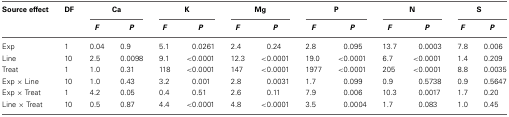
<table><thead><tr><td><b>Source effect</b></td><td><b>DF</b></td><td colspan="2"><b>Ca</b></td><td colspan="2"><b>K</b></td><td colspan="2"><b>Mg</b></td><td colspan="2"><b>P</b></td><td colspan="2"><b>N</b></td><td colspan="2"><b>S</b></td></tr><tr><td></td><td></td><td><b><i>F</i></b></td><td><b><i>P</i></b></td><td><b><i>F</i></b></td><td><b><i>P</i></b></td><td><b><i>F</i></b></td><td><b><i>P</i></b></td><td><b><i>F</i></b></td><td><b><i>P</i></b></td><td><b><i>F</i></b></td><td><b><i>P</i></b></td><td><b><i>F</i></b></td><td><b><i>P</i></b></td></tr></thead><tbody><tr><td>Exp</td><td>1</td><td>0.04</td><td>0.9</td><td>5.1</td><td>0.0261</td><td>2.4</td><td>0.24</td><td>2.8</td><td>0.095</td><td>13.7</td><td>0.0003</td><td>7.8</td><td>0.006</td></tr><tr><td>Line</td><td>10</td><td>2.5</td><td>0.0098</td><td>9.1</td><td>&lt;0.0001</td><td>12.3</td><td>&lt;0.0001</td><td>19.0</td><td>&lt;0.0001</td><td>6.7</td><td>&lt;0.0001</td><td>1.4</td><td>0.209</td></tr><tr><td>Treat</td><td>1</td><td>1.0</td><td>0.31</td><td>118</td><td>&lt;0.0001</td><td>147</td><td>&lt;0.0001</td><td>1977</td><td>&lt;0.0001</td><td>205</td><td>&lt;0.0001</td><td>8.8</td><td>0.0035</td></tr><tr><td>Exp × Line</td><td>10</td><td>1.0</td><td>0.43</td><td>3.2</td><td>0.001</td><td>2.8</td><td>0.0031</td><td>1.7</td><td>0.099</td><td>0.9</td><td>0.5738</td><td>0.9</td><td>0.5647</td></tr><tr><td>Exp × Treat</td><td>1</td><td>4.2</td><td>0.05</td><td>0.4</td><td>0.51</td><td>2.6</td><td>0.11</td><td>7.9</td><td>0.006</td><td>10.3</td><td>0.0017</td><td>1.7</td><td>0.20</td></tr><tr><td>Line × Treat</td><td>10</td><td>0.5</td><td>0.87</td><td>4.4</td><td>&lt;0.0001</td><td>4.8</td><td>&lt;0.0001</td><td>3.5</td><td>0.0004</td><td>1.7</td><td>0.083</td><td>1.0</td><td>0.45</td></tr></tbody></table>